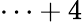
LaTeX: \cdots+4